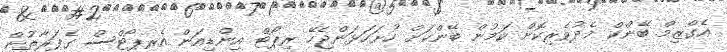
އެގްޒިމް ބޭންކް މެދުވެރިކޮށް ކަމުން ބޭންކަށް ހުށަހަޅަންޖެހޭ ރިޕޯޓް އިންޑިއަން އެރޕޯޓްސް ގެފަރާތުން